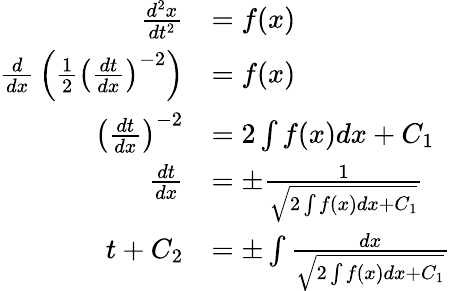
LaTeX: {\begin{array}{rl}{{\frac{d^{2}x}{dt^{2}}}}&{=f(x)}\\ {{\frac{d}{dx}}\left({\frac{1}{2}}\left({\frac{dt}{dx}}\right)^{-2}\right)}&{=f(x)}\\ {\left({\frac{dt}{dx}}\right)^{-2}}&{=2\int f(x)dx+C_{1}}\\ {{\frac{dt}{dx}}}&{=\pm{\frac{1}{\sqrt{2\int f(x)dx+C_{1}}}}}\\ {t+C_{2}}&{=\pm\int{\frac{dx}{\sqrt{2\int f(x)dx+C_{1}}}}}\end{array}}